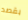
بقصد